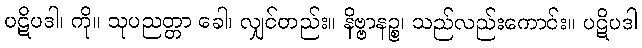
ပဋိပဒါ၊ ကို။ သုပညတ္တာ ခေါ၊ လျှင်တည်း။ နိဗ္ဗာနဉ္စ၊ သည်လည်းကောင်း။ ပဋိပဒါ